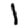
Digit: 1